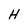
Character: H